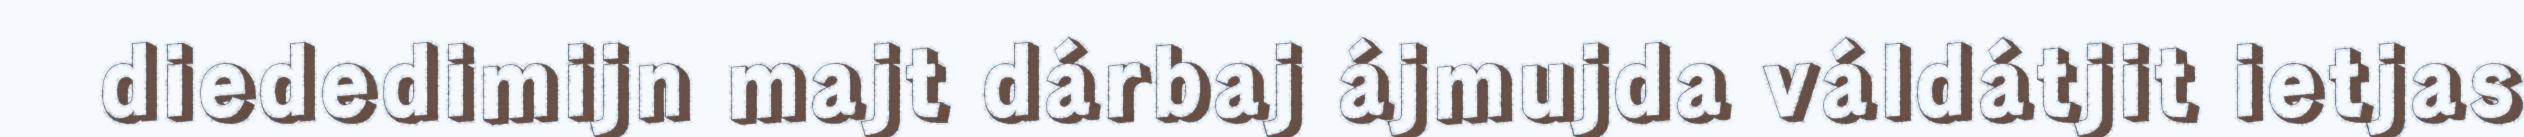
diededimijn majt dárbaj ájmujda váldátjit ietjas